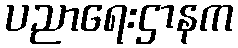
ပညာရေးဌာနက